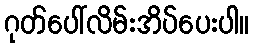
ဂုတ်ပေါ်လိမ်းအိပ်ပေးပါ။